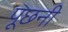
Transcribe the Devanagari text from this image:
पूछनी